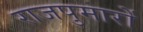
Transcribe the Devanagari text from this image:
राजपुमारों